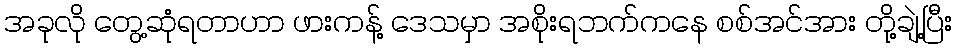
အခုလို တွေ့ဆုံရတာဟာ ဖားကန့် ဒေသမှာ အစိုးရဘက်ကနေ စစ်အင်အား တို့ချဲ့ပြီး